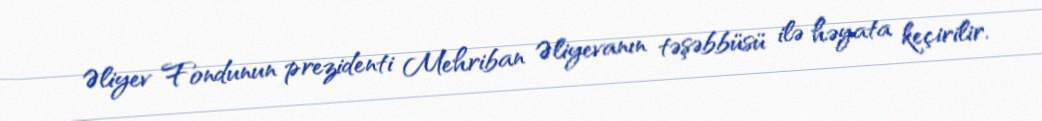
Əliyev Fondunun prezidenti Mehriban Əliyevanın təşəbbüsü ilə həyata keçirilir.